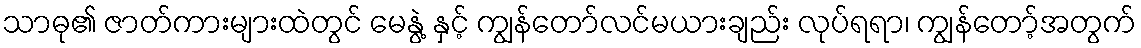
သာဓု၏ ဇာတ်ကားများထဲတွင် မေနွဲ့ နှင့် ကျွန်တော်လင်မယားချည်း လုပ်ရရာ၊ ကျွန်တော့်အတွက်